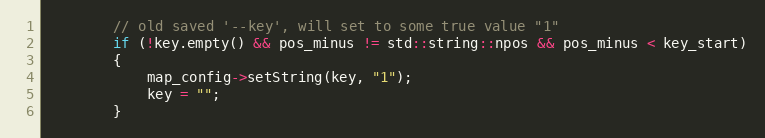
Language: C++
        // old saved '--key', will set to some true value "1"
        if (!key.empty() && pos_minus != std::string::npos && pos_minus < key_start)
        {
            map_config->setString(key, "1");
            key = "";
        }